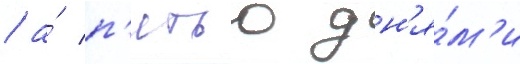
/ а́ п'ятью дн'я́м'и